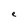
Character: e